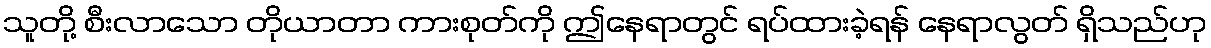
သူတို့ စီးလာသော တိုယာတာ ကားစုတ်ကို ဤနေရာတွင် ရပ်ထားခဲ့ရန် နေရာလွတ် ရှိသည်ဟု